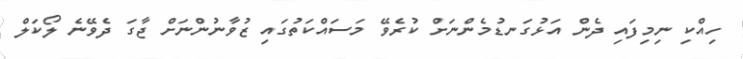
ހިއްކި ނިމިފައި ދެން އަޅުގަނޑުމެންނަށް ކުރެވޭ މަސައްކަތުގައި ޒުވާނުންނަށް ޖާގަ ދެވޭނެ ލޯކަލް